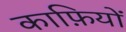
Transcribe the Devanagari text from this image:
काफ़ियों